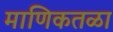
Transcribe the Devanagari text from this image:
माणिकतळा